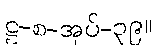
ဋ္ဌ-စ-အုပ်-၃၉။